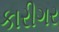
કારીગર